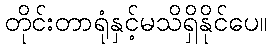
တိုင်းတာရုံနှင့်မသိရှိနိုင်ပေ။